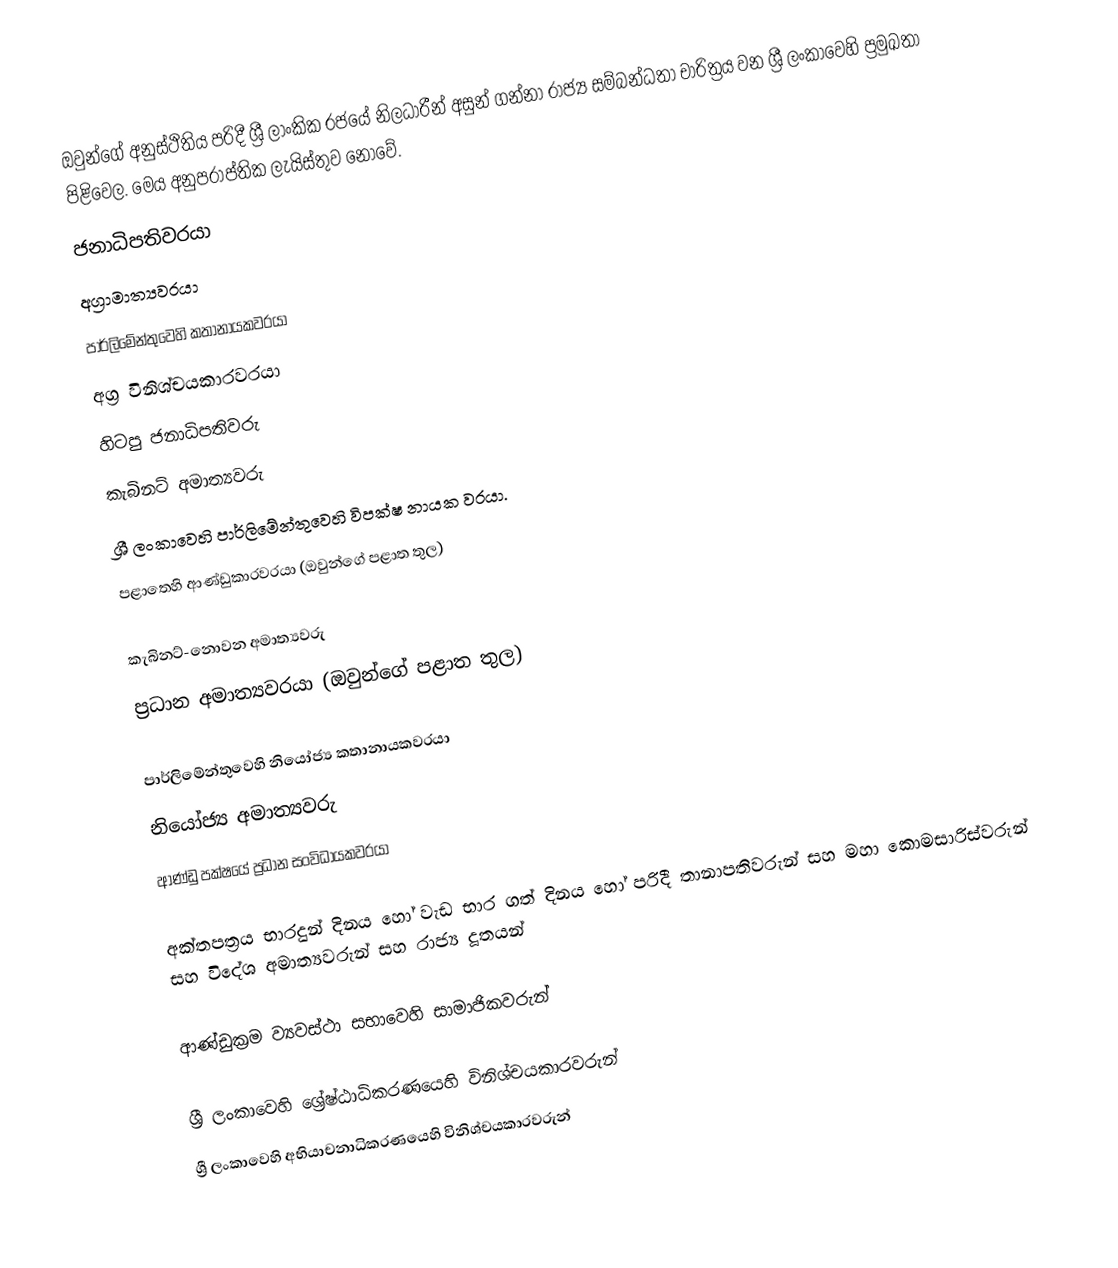
ඔවුන්ගේ අනුස්ථිතිය පරිදී ශ්‍රී ලාංකික රජයේ නිලධාරීන් අසුන් ගන්නා  රාජ්‍ය සම්බන්ධතා චාරිත්‍රය වන  ශ්‍රී ලංකාවෙහි ප්‍රමුඛතා පිළිවෙල. මෙය  අනුප‍්‍රාප්තික ලැයිස්තුව නොවේ.
 ජනාධිපතිවරයා
 අග්‍රාමාත්‍යවරයා
 පාර්ලිමේන්තුවෙහි කතානායකවරයා
  අග්‍ර විනිශ්චයකාරවරයා
 හිටපු ජනාධිපතිවරු
 කැබිනට් අමාත්‍යවරු
 ශ්‍රී ලංකාවෙහි පාර්ලිමේන්තුවෙහි   විපක්ෂ නායක වරයා.
 පළාතෙහි ආණ්ඩුකාරවරයා (ඔවුන්ගේ පළාත තුල)

 කැබිනට්-නොවන අමාත්‍යවරු
 ප්‍රධාන අමාත්‍යවරයා (ඔවුන්ගේ පළාත තුල)

 පාර්ලිමේන්තුවෙහි නියෝජ්‍ය කතානායකවරයා
 නියෝජ්‍ය අමාත්‍යවරු
 ආණ්ඩු පක්ෂයේ ප්‍රධාන සංවිධායකවරයා

 අක්තපත‍්‍රය භාරදුන් දිනය හෝ වැඩ භාර ගත් දිනය හෝ පරිදී තානාපතිවරුන් සහ මහා කොමසාරිස්වරුන් සහ  විදේශ අමාත්‍යවරුන් සහ රාජ්‍ය දූතයන්

 ආණ්ඩුක්‍රම ව්‍යවස්ථා සභාවෙහි සාමාජිකවරුන්

 ශ්‍රී ලංකාවෙහි ශ්‍රේෂ්ඨාධිකරණයෙහි විනිශ්චයකාරවරුන්
  ශ්‍රී ලංකාවෙහි අභියාචනාධිකරණයෙහි විනිශ්චයකාරවරුන්